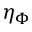
\eta _ { \Phi }